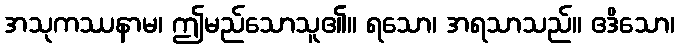
အသုကဿနာမ၊ ဤမည်သောသူ၏။ ရသော၊ အရသာသည်။ ဧဒိသော၊